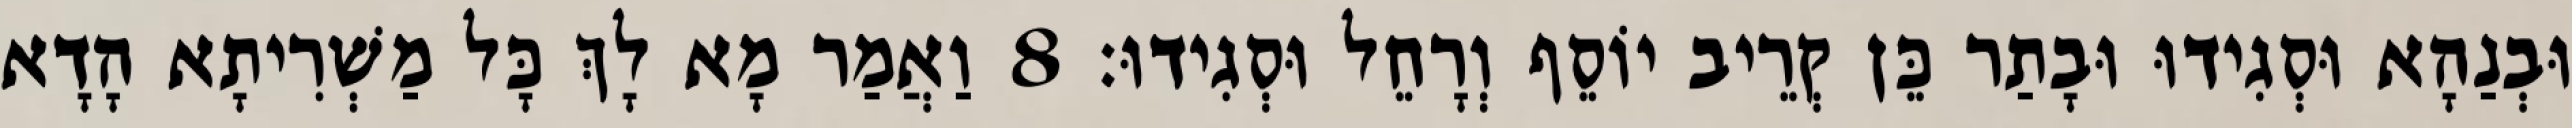
וּבְנַהָא וּסְגִידוּ וּבָתַר כֵּן קְרֵיב יוֹסֵף וְרָחֵל וּסְגִידוּ׃ 8 וַאֲמַר מָא לָךְ כָּל מַשְׁרִיתָא הָדָא